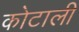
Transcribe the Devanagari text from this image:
कोटाली